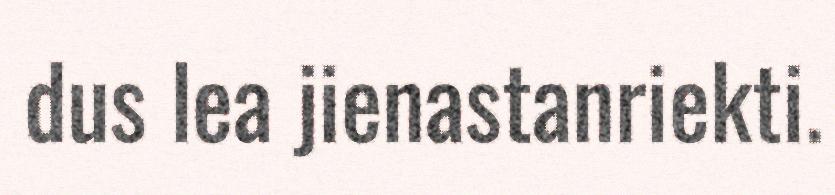
dus lea jienastanriekti.